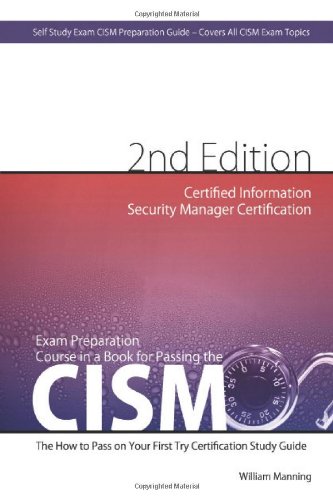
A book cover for CISM Certified Information Security Manager Certification Exam Preparation Course in a Book for Passing the CISM Exam - The How To Pass on Your First Try Certification Study Guide - Second Edition; William Manning; Education & Teaching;